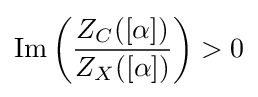
\operatorname {Im} \left({\frac {Z_{C}([\alpha ])}{Z_{X}([\alpha ])}}\right)>0